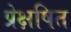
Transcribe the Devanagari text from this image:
प्रेक्षषित